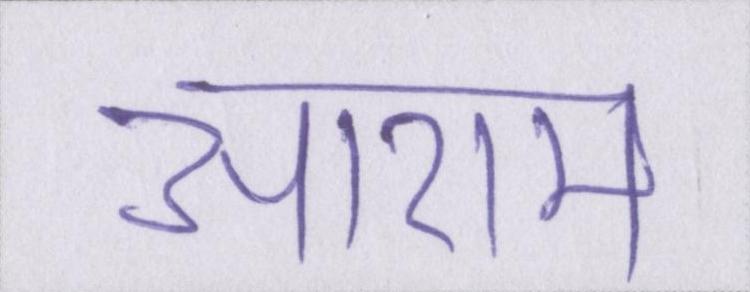
आराम